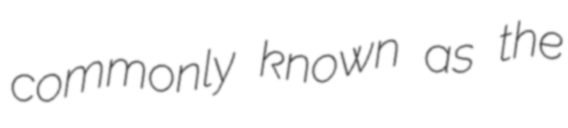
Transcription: commonly known as the